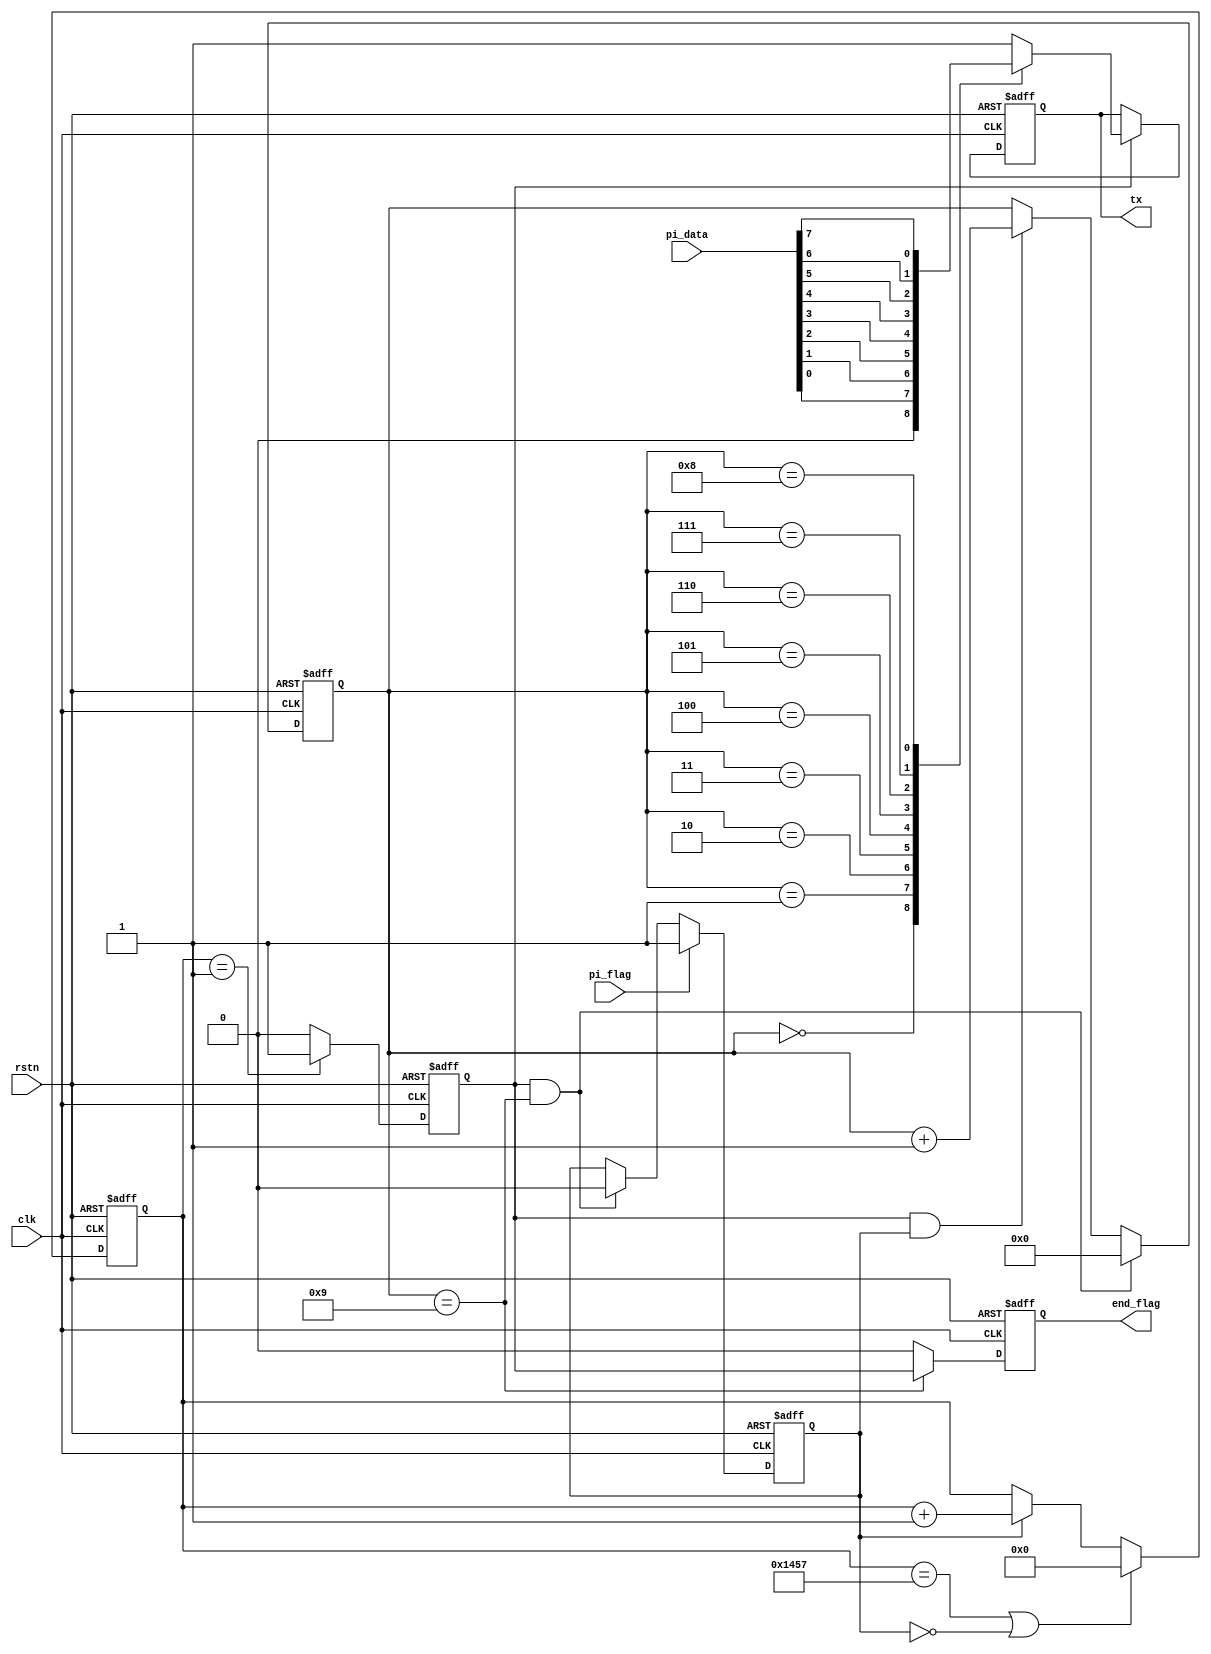
module  uart_tx
#(
    parameter   UART_BPS    =   'd9600,         //
    parameter   CLK         =   'd50_000_000    //
)
(
     input   wire            clk     ,   //50MHz
     input   wire            rstn    ,   //
     input   wire    [7:0]   pi_data     ,   //8bit
     input   wire            pi_flag     ,   //
 
     output  reg             tx         ,     //1bit
     output  reg             end_flag 
);

//********************************************************************//
//****************** Parameter and Internal Signal *******************//
//********************************************************************//
//localparam    define
localparam  BAUD_CNT_MAX    =   CLK / UART_BPS   ;

reg ceshi;

//reg   define
reg [12:0]  baud_cnt;
reg         bit_flag;
reg [3:0]   bit_cnt ;
reg         work_en ;

//********************************************************************//
//***************************** Main Code ****************************//
//********************************************************************//
//work_en:
always@(posedge clk or negedge rstn)
        if(rstn == 1'b0)
            work_en <= 1'b0;
        else    if(pi_flag == 1'b1)
            work_en <= 1'b1;
        else    if((bit_flag == 1'b1) && (bit_cnt == 4'd9))
            work_en <= 1'b0;

//baud_cnt:0BAUD_CNT_MAX - 1
always@(posedge clk or negedge rstn)
        if(rstn == 1'b0)
            baud_cnt <= 13'b0;
        else    if((baud_cnt == BAUD_CNT_MAX - 1) || (work_en == 1'b0))
            baud_cnt <= 13'b0;
        else    if(work_en == 1'b1)
            baud_cnt <= baud_cnt + 1'b1;

//bit_flag:baud_cnt1bit_flag
always@(posedge clk or negedge rstn)
        if(rstn == 1'b0)
            bit_flag <= 1'b0;
        else    if(baud_cnt == 13'd1)
            bit_flag <= 1'b1;
        else
            bit_flag <= 1'b0;

//bit_cnt:10
always@(posedge clk or negedge rstn)
    if(rstn == 1'b0)
        bit_cnt <= 4'b0;
    else    if((bit_flag == 1'b1) && (bit_cnt == 4'd9))begin
        bit_cnt <= 4'b0;
    end
    else    if((bit_flag == 1'b1) && (work_en == 1'b1))
        bit_cnt <= bit_cnt + 1'b1;

//tx:rs23201
always@(posedge clk or negedge rstn)
        if(rstn == 1'b0)
            tx <= 1'b1; //
        else    if(bit_flag == 1'b1)
            case(bit_cnt)
                0       : tx <= 1'b0;
                1       : tx <= pi_data[0];
                2       : tx <= pi_data[1];
                3       : tx <= pi_data[2];
                4       : tx <= pi_data[3];
                5       : tx <= pi_data[4];
                6       : tx <= pi_data[5];
                7       : tx <= pi_data[6];
                8       : tx <= pi_data[7];
                9       : tx <= 1'b1;
                default : tx <= 1'b1;
            endcase

always @(posedge clk or negedge rstn) begin
    if(!rstn)
        end_flag <= 0;
    else if(bit_cnt == 4'd9)
        end_flag <= bit_flag;
    else
        end_flag <= 0;
end      

endmodule